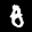
Label: 8